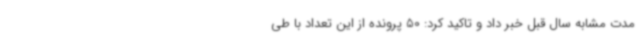
مدت مشابه سال قبل خبر داد و تاکید کرد: 50 پرونده از این تعداد با طی